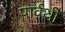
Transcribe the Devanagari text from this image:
पार्वथी